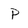
Character: P